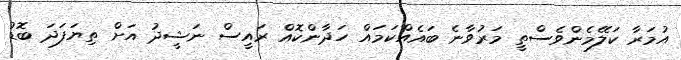
އުމަރާ ކަލޭމެންވެސްތީ މަރުވާނެ ބައެއްކަމައް ހަދާންކޮއް ރައީސް ނަޝީދު އަށް ތިޔަފަދަ ބޮޑު